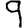
Digit: 9